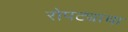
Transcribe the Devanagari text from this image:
रोपट्याचा